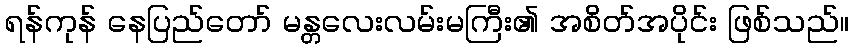
ရန်ကုန် နေပြည်တော် မန္တလေးလမ်းမကြီး၏ အစိတ်အပိုင်း ဖြစ်သည်။